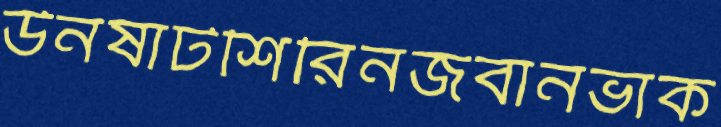
উনষাটশিরিনজবানভাক